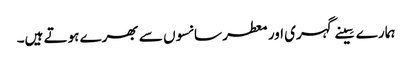
ہمارے سِینے گہری اور معطر سانسوں سے بھرے ہوتے ہیں۔